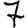
Digit: 7